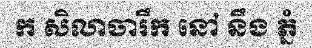
ក សិលាចារឹក នៅ នឹង ភ្នំ